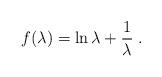
LaTeX: \begin{align*}f(\lambda) = \ln \lambda + \frac 1\lambda\; .\end{align*}